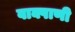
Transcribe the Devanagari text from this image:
वाक्पाणी